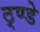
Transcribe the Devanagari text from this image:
ठ्ण्डे